Oriental or Dehli sore - Number 13
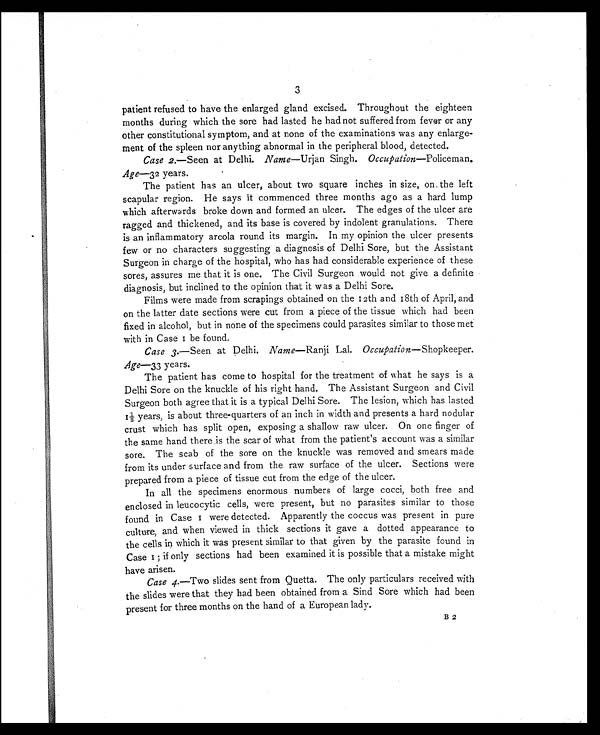
3
patient refused to have the enlarged gland excised. Throughout the eighteen
months during which the sore had lasted he had not suffered from fever or any
other constitutional symptom, and at none of the examinations was any enlarge-
ment of the spleen nor anything abnormal in the peripheral blood, detected.
Case 2. —Seen at Delhi. Name—Urjan Singh. Occupation—Policeman.
Age—32 years.
The patient has an ulcer, about two square inches in size, on the left
scapular region. He says it commenced three months ago as a hard lump
which afterwards broke down and formed an ulcer. The edges of the ulcer are
ragged and thickened, and its base is covered by indolent granulations. There
is an inflammatory areola round its margin. In my opinion the ulcer presents
few or no characters suggesting a diagnosis of Delhi Sore, but the Assistant
Surgeon in charge of the hospital, who has had considerable experience of these
sores, assures me that it is one. The Civil Surgeon would not give a definite
diagnosis, but inclined to the opinion that it was a Delhi Sore.
Films were made from scrapings obtained on the 12th and 18th of April, and
on the latter date sections were cut from a piece of the tissue which had been
fixed in alcohol, but in none of the specimens could parasites similar to those met
with in Case 1 be found.
Case 3.—Seen at Delhi. Name—Ranji Lal. Occupation—Shopkeeper.
Age—33 years.
The patient has come to hospital for the treatment of what he says is a
Delhi Sore on the knuckle of his right hand. The Assistant Surgeon and Civil
Surgeon both agree that it is a typical Delhi Sore. The lesion, which has lasted
1½ years, is about three-quarters of an inch in width and presents a hard nodular
crust which has split open, exposing a shallow raw ulcer. On one finger of
the same hand there is the scar of what from the patient's account was a similar
sore. The scab of the sore on the knuckle was removed and smears made
from its under surface and from the raw surface of the ulcer. Sections were
prepared from a piece of tissue cut from the edge of the ulcer.
In all the specimens enormous numbers of large cocci, both free and
enclosed in leucocytic cells, were present, but no parasites similar to those
found in Case 1 were detected. Apparently the coccus was present in pure
culture, and when viewed in thick sections it gave a dotted appearance to
the cells in which it was present similar to that given by the parasite found in
Case 1; if only sections had been examined it is possible that a mistake might
have arisen.
Case 4. —Two slides sent from Quetta. The only particulars received with
the slides were that they had been obtained from a Sind Sore which had been
present for three months on the hand of a European lady.
B 2